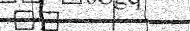
٤٤